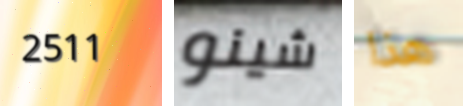
2511 شينو هذا